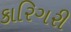
કારિગરી